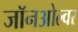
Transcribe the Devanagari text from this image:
जॉनओल्वर